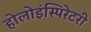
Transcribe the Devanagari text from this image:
होलोइंस्पिरेटरी